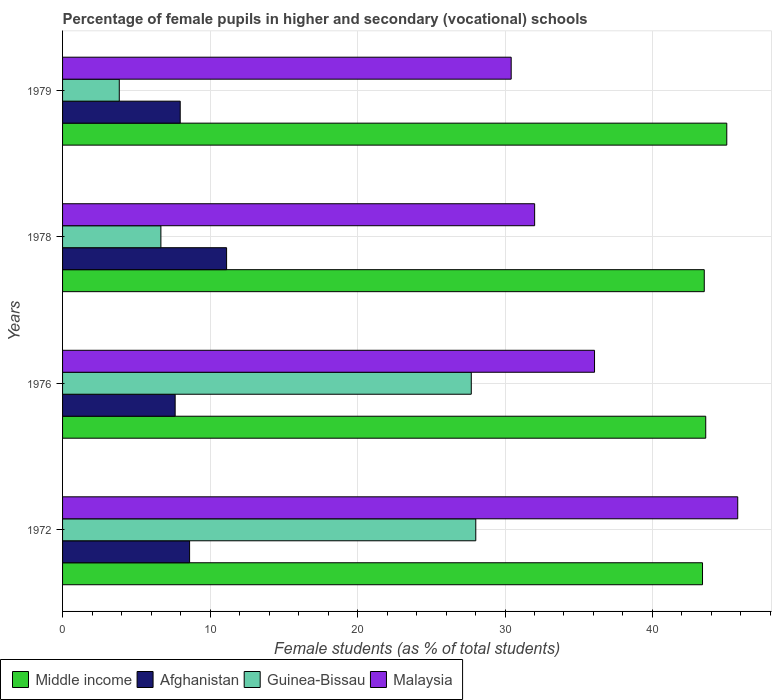
| Years | Middle income | Afghanistan | Guinea-Bissau | Malaysia |
 | --- | --- | --- | --- | --- |
 | 1972 | 43.4 | 8.61 | 28 | 45.8 |
 | 1976 | 43.6 | 7.63 | 27.7 | 36.1 |
 | 1978 | 43.5 | 11.1 | 6.67 | 32 |
 | 1979 | 45 | 7.98 | 3.85 | 30.4 |